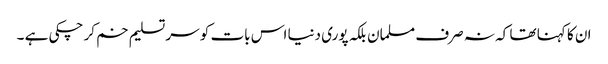
ان کا کہنا تھا کہ نہ صرف مسلمان بلکہ پوری دنیا اس بات کو سر تسلیم خم کر چکی ہے ۔